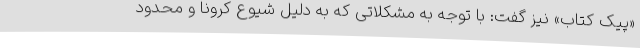
«پیک کتاب» نیز گفت: با توجه به مشکلاتی که به دلیل شیوع کرونا و محدود